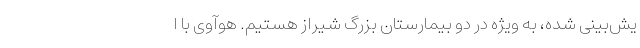
یش‌بینی شده، به ویژه در دو بیمارستان بزرگ شیراز هستیم. هوآوی با ا